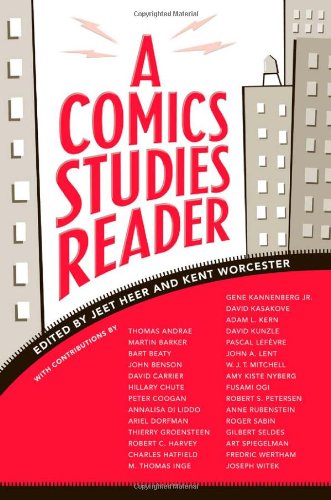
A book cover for A Comics Studies Reader; Crafts, Hobbies & Home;